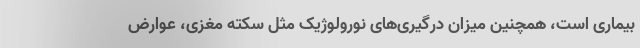
بیماری است، همچنین میزان درگیری‌های نورولوژیک مثل سکته مغزی، عوارض